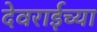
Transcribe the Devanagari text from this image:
देवराईच्या